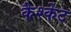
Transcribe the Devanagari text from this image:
कैश्केट